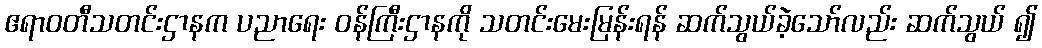
ဧရာဝတီသတင်းဌာနက ပညာရေး ဝန်ကြီးဌာနကို သတင်းမေးမြန်းရန် ဆက်သွယ်ခဲ့သော်လည်း ဆက်သွယ် ၍